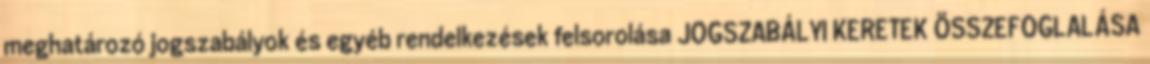
meghatározó jogszabályok és egyéb rendelkezések felsorolása JOGSZABÁLYI KERETEK ÖSSZEFOGLALÁSA